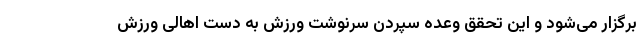
برگزار می‌شود و این تحقق وعده سپردن سرنوشت ورزش به دست اهالی ورزش